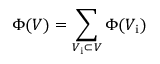
\Phi ( V ) = \sum _ { V _ { \mathrm { i } } \subset V } \Phi ( V _ { \mathrm { i } } )